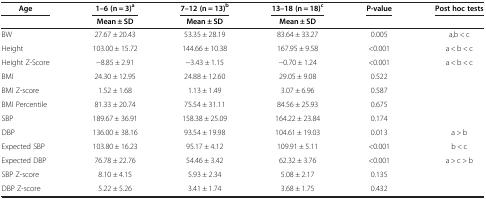
<table><thead><tr><td><b>Age</b></td><td><b>1–6 (n = 3)<sup>a</sup></b></td><td><b>7–12 (n = 13)<sup>b</sup></b></td><td><b>13–18 (n = 18)<sup>c</sup></b></td><td><b>P-value</b></td><td><b>Post hoc tests</b></td></tr><tr><td><b> </b></td><td><b>Mean ± SD</b></td><td><b>Mean ± SD</b></td><td><b>Mean ± SD</b></td><td><b> </b></td><td><b> </b></td></tr></thead><tbody><tr><td>BW</td><td>27.67 ± 20.43</td><td>53.35 ± 28.19</td><td>83.64 ± 33.27</td><td>0.005</td><td>a,b &lt; c</td></tr><tr><td>Height</td><td>103.00 ± 15.72</td><td>144.66 ± 10.38</td><td>167.95 ± 9.58</td><td>&lt;0.001</td><td>a &lt; b &lt; c</td></tr><tr><td>Height Z-Score</td><td>−8.85 ± 2.91</td><td>−3.43 ± 1.15</td><td>−0.70 ± 1.24</td><td>&lt;0.001</td><td>a &lt; b &lt; c</td></tr><tr><td>BMI</td><td>24.30 ± 12.95</td><td>24.88 ± 12.60</td><td>29.05 ± 9.08</td><td>0.522</td><td> </td></tr><tr><td>BMI Z-score</td><td>1.52 ± 1.68</td><td>1.13 ± 1.49</td><td>3.07 ± 6.96</td><td>0.587</td><td> </td></tr><tr><td>BMI Percentile</td><td>81.33 ± 20.74</td><td>75.54 ± 31.11</td><td>84.56 ± 25.93</td><td>0.675</td><td> </td></tr><tr><td>SBP</td><td>189.67 ± 36.91</td><td>158.38 ± 25.09</td><td>164.22 ± 23.84</td><td>0.174</td><td> </td></tr><tr><td>DBP</td><td>136.00 ± 38.16</td><td>93.54 ± 19.98</td><td>104.61 ± 19.03</td><td>0.013</td><td>a &gt; b</td></tr><tr><td>Expected SBP</td><td>103.80 ± 16.23</td><td>95.17 ± 4.12</td><td>109.91 ± 5.11</td><td>&lt;0.001</td><td>b &lt; c</td></tr><tr><td>Expected DBP</td><td>76.78 ± 22.76</td><td>54.46 ± 3.42</td><td>62.32 ± 3.76</td><td>&lt;0.001</td><td>a &gt; c &gt; b</td></tr><tr><td>SBP Z-score</td><td>8.10 ± 4.15</td><td>5.93 ± 2.34</td><td>5.08 ± 2.17</td><td>0.135</td><td> </td></tr><tr><td>DBP Z-score</td><td>5.22 ± 5.26</td><td>3.41 ± 1.74</td><td>3.68 ± 1.75</td><td>0.432</td><td> </td></tr></tbody></table>